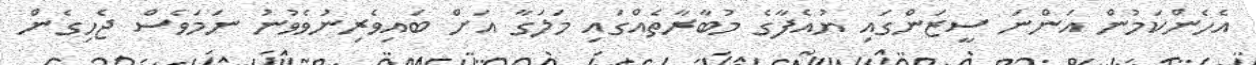
އެހެންކަމުން އަންނަ ސީޒަންގައި ޔުއެފާގެ މުބާރާތެއްގައި މަލަގާ އަށް ބައިވެރިނުވެވުނު ނަމަވެސް ޖެހިގެން